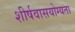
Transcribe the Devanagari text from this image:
शीर्षवासयोग्यता